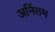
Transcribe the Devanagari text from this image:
अनिंतम